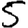
Digit: 5